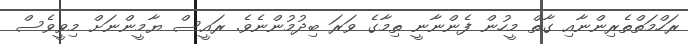
ރަހްމަތްތެރިންނާއި ގާތް މީހުން ފެންނާނީ ތިމާގެ ވަރަ ބިދުމުންނެވެ. ރައީސް ޔާމީންނަށް މިވީވެސް